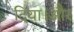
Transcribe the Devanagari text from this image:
दिया।और